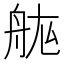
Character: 𮎅